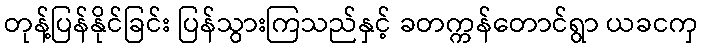
တုန့်ပြန်နိုင်ခြင်း ပြန်သွားကြသည်နှင့် ခတက္ကန်တောင်ရွာ ယခငကှ